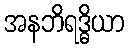
အနဘိရဒ္ဓိယာ